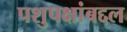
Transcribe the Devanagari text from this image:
पशुपक्षांबद्दल